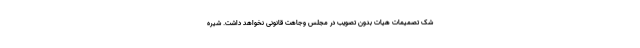
شک تصمیمات هیات بدون تصویب در مجلس وجاهت قانونی نخواهد داشت. شیره